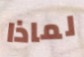
لماذا